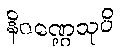
နိဂဏ္ဌေသုပိ